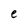
Character: e